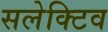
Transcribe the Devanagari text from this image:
सलेक्टिव